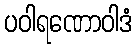
ပဝါရဏောဝါဒံ